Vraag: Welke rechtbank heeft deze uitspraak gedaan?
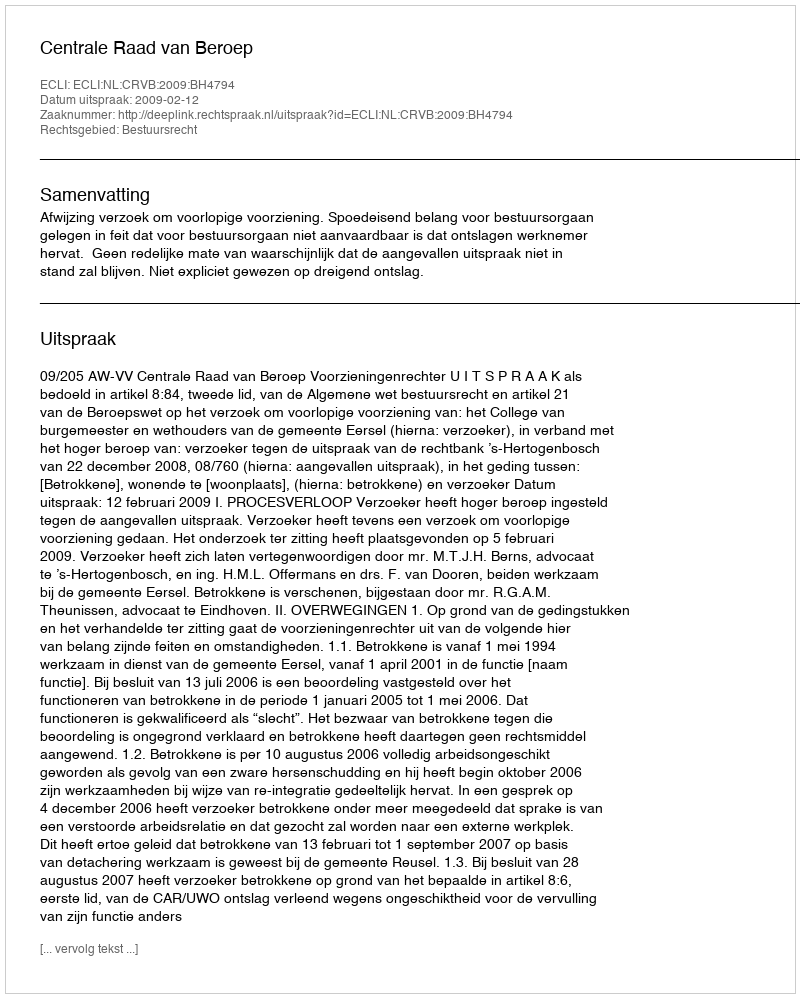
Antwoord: Centrale Raad van Beroep